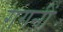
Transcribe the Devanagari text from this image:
गगनीं